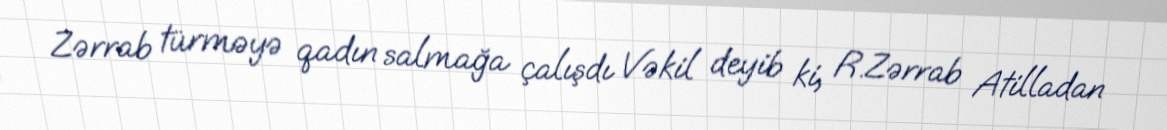
Zərrab türməyə qadın salmağa çalışdı Vəkil deyib ki, R.Zərrab Atilladan